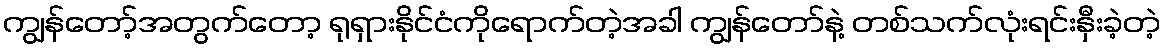
ကျွန်တော့်အတွက်တော့ ရုရှားနိုင်ငံကိုရောက်တဲ့အခါ ကျွန်တော်နဲ့ တစ်သက်လုံးရင်းနှီးခဲ့တဲ့